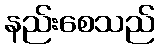
နည်းစေသည်